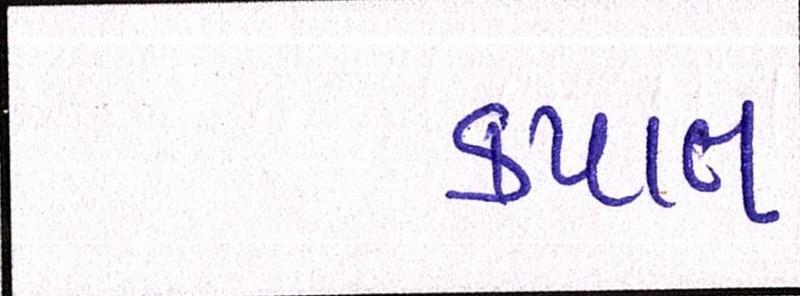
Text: કપાત